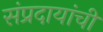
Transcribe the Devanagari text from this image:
संप्रदायांची